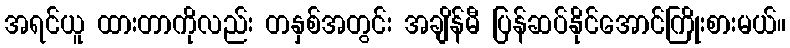
အရင်ယူ ထားတာကိုလည်း တနှစ်အတွင်း အချိန်မီ ပြန်ဆပ်နိုင်အောင်ကြိုးစားမယ်။